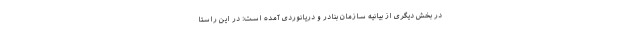
در بخش دیگری از بیانیه سازمان بنادر و دریانوردی آمده است: در این راستا